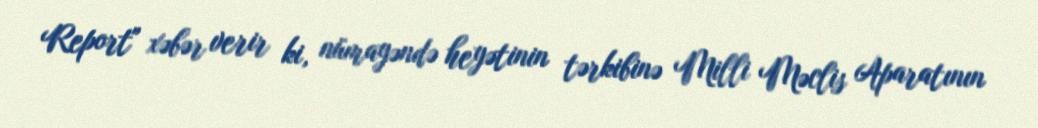
Report" xəbər verir ki, nümayəndə heyətinin tərkibinə Milli Məclis Aparatının